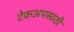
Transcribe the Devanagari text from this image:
टेकअपसाठी